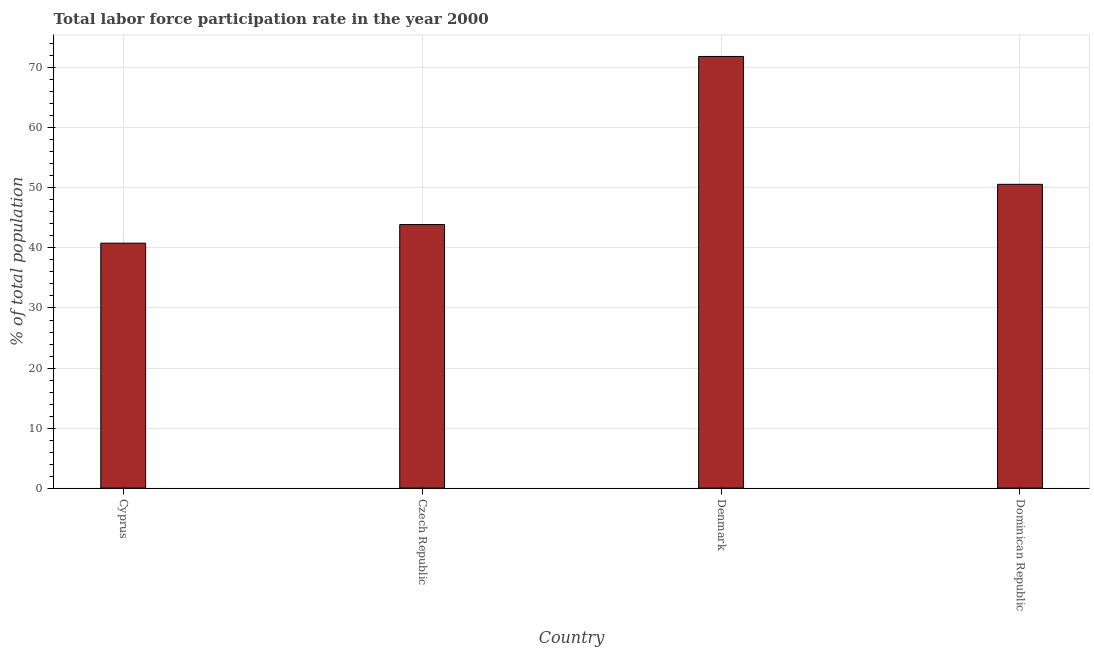
| Country | Labor force participation rate for ages 15-24 total |
 | --- | --- |
 | Cyprus | 40.8 |
 | Czech Republic | 43.9 |
 | Denmark | 71.9 |
 | Dominican Republic | 50.6 |